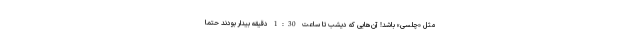
مثل «چلسی» باشد! آن‌هایی که دیشب تا ساعت 1:30 دقیقه بیدار بودند حتماً